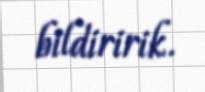
bildiririk.